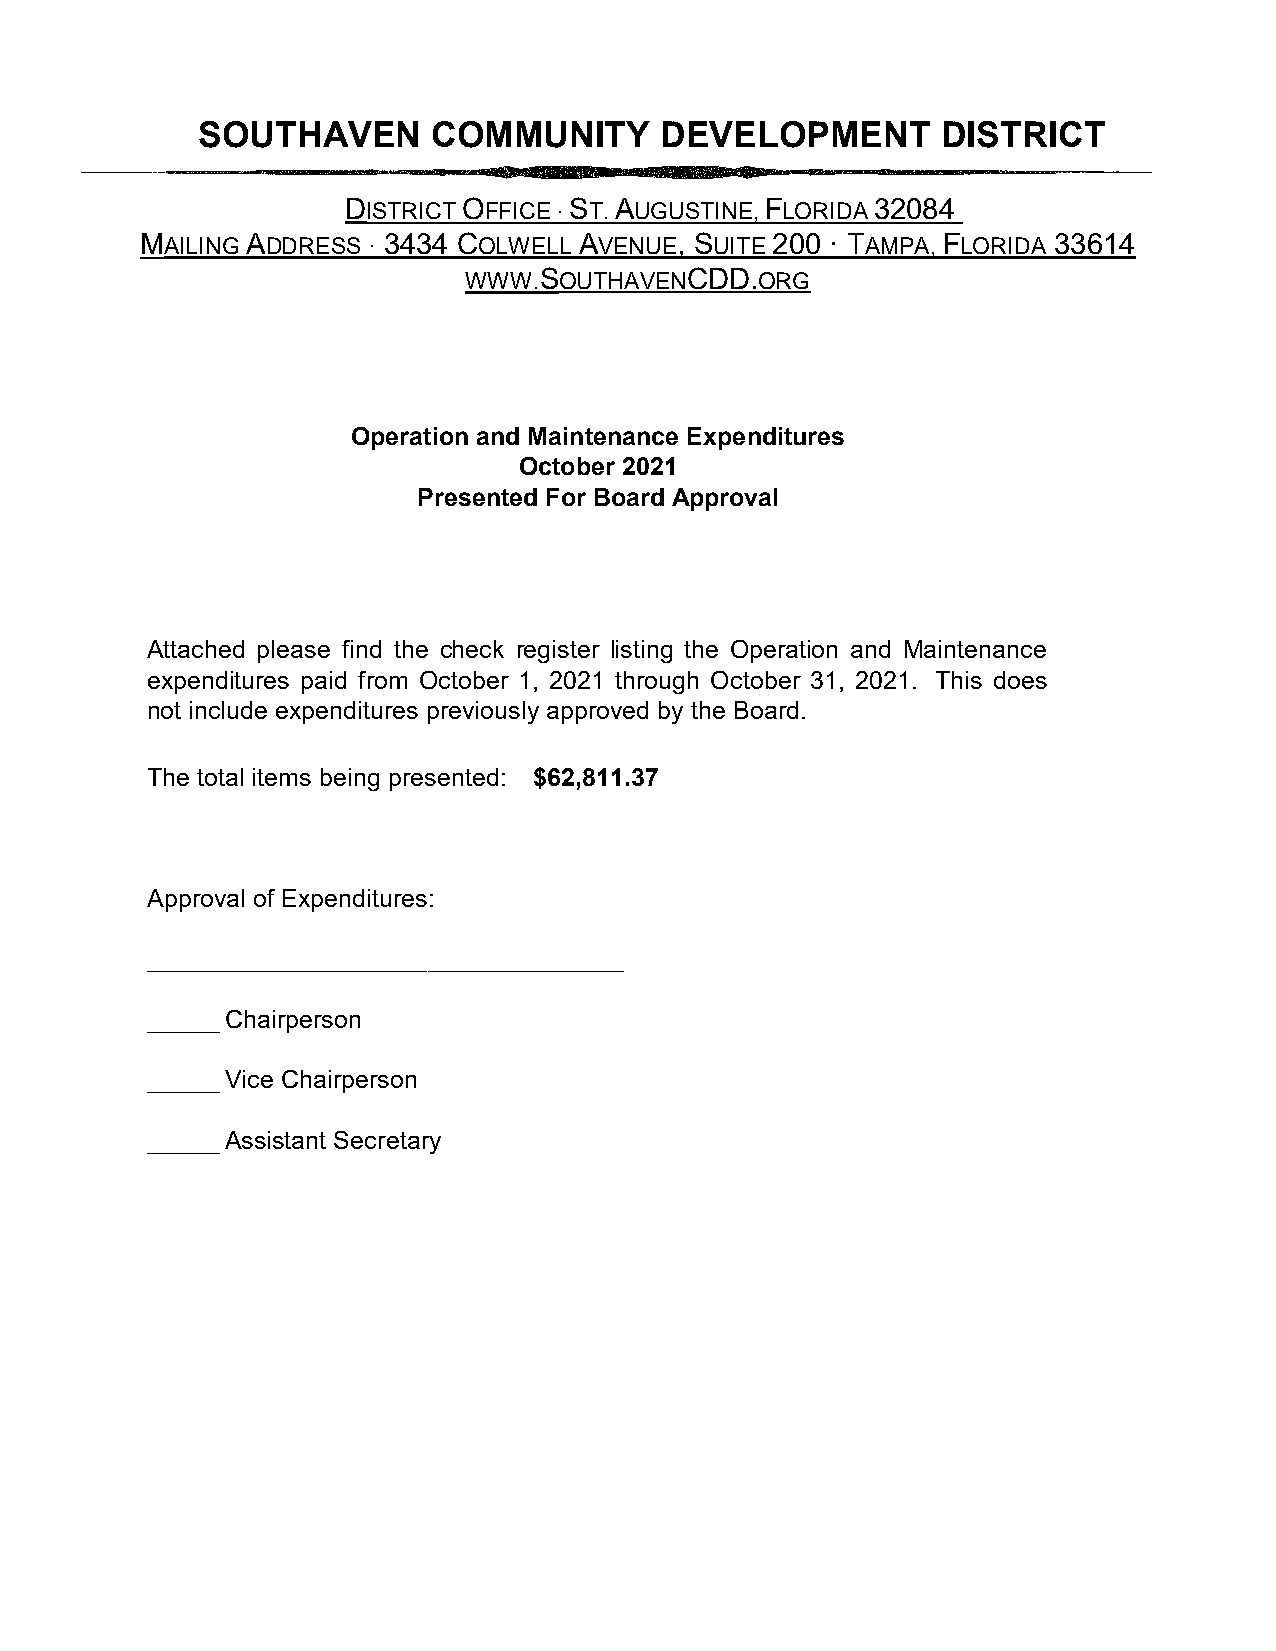
SOUTHAVEN      COMMUNITY      DEVELOPMENT        DISTRICT
 DISTRICT OFFICE · ST. AUGUSTINE, FLORIDA 32084
 MAILING ADDRESS · 3434 COLWELL AVENUE, SUITE 200 · TAMPA, FLORIDA 33614
 WWW.SOUTHAVENCDD.ORG
 Operation and Maintenance Expenditures
 October 2021
 Presented For Board Approval
 Attached please find the check register listing the Operation and Maintenance
 expenditures paid from October 1, 2021 through October 31, 2021. This does
 not include expenditures previously approved by the Board.
 The total items being presented: $62,811.37
 Approval of Expenditures:
 __________________________________
 ______Chairperson
 ______Vice Chairperson
 ______Assistant Secretary